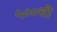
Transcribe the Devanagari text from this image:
५००ची